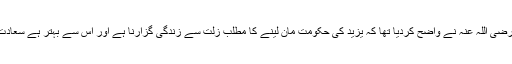
اور اسی لئے حضرت امام حسین رضی اللہ عنہ نے واضح کردیا تھا کہ یزید کی حکومت مان لینے کا مطلب زلت سے زندگی گزارنا ہے اور اس سے بہتر ہے سعادت کی موت سے ہمکنار ہوا جائے۔